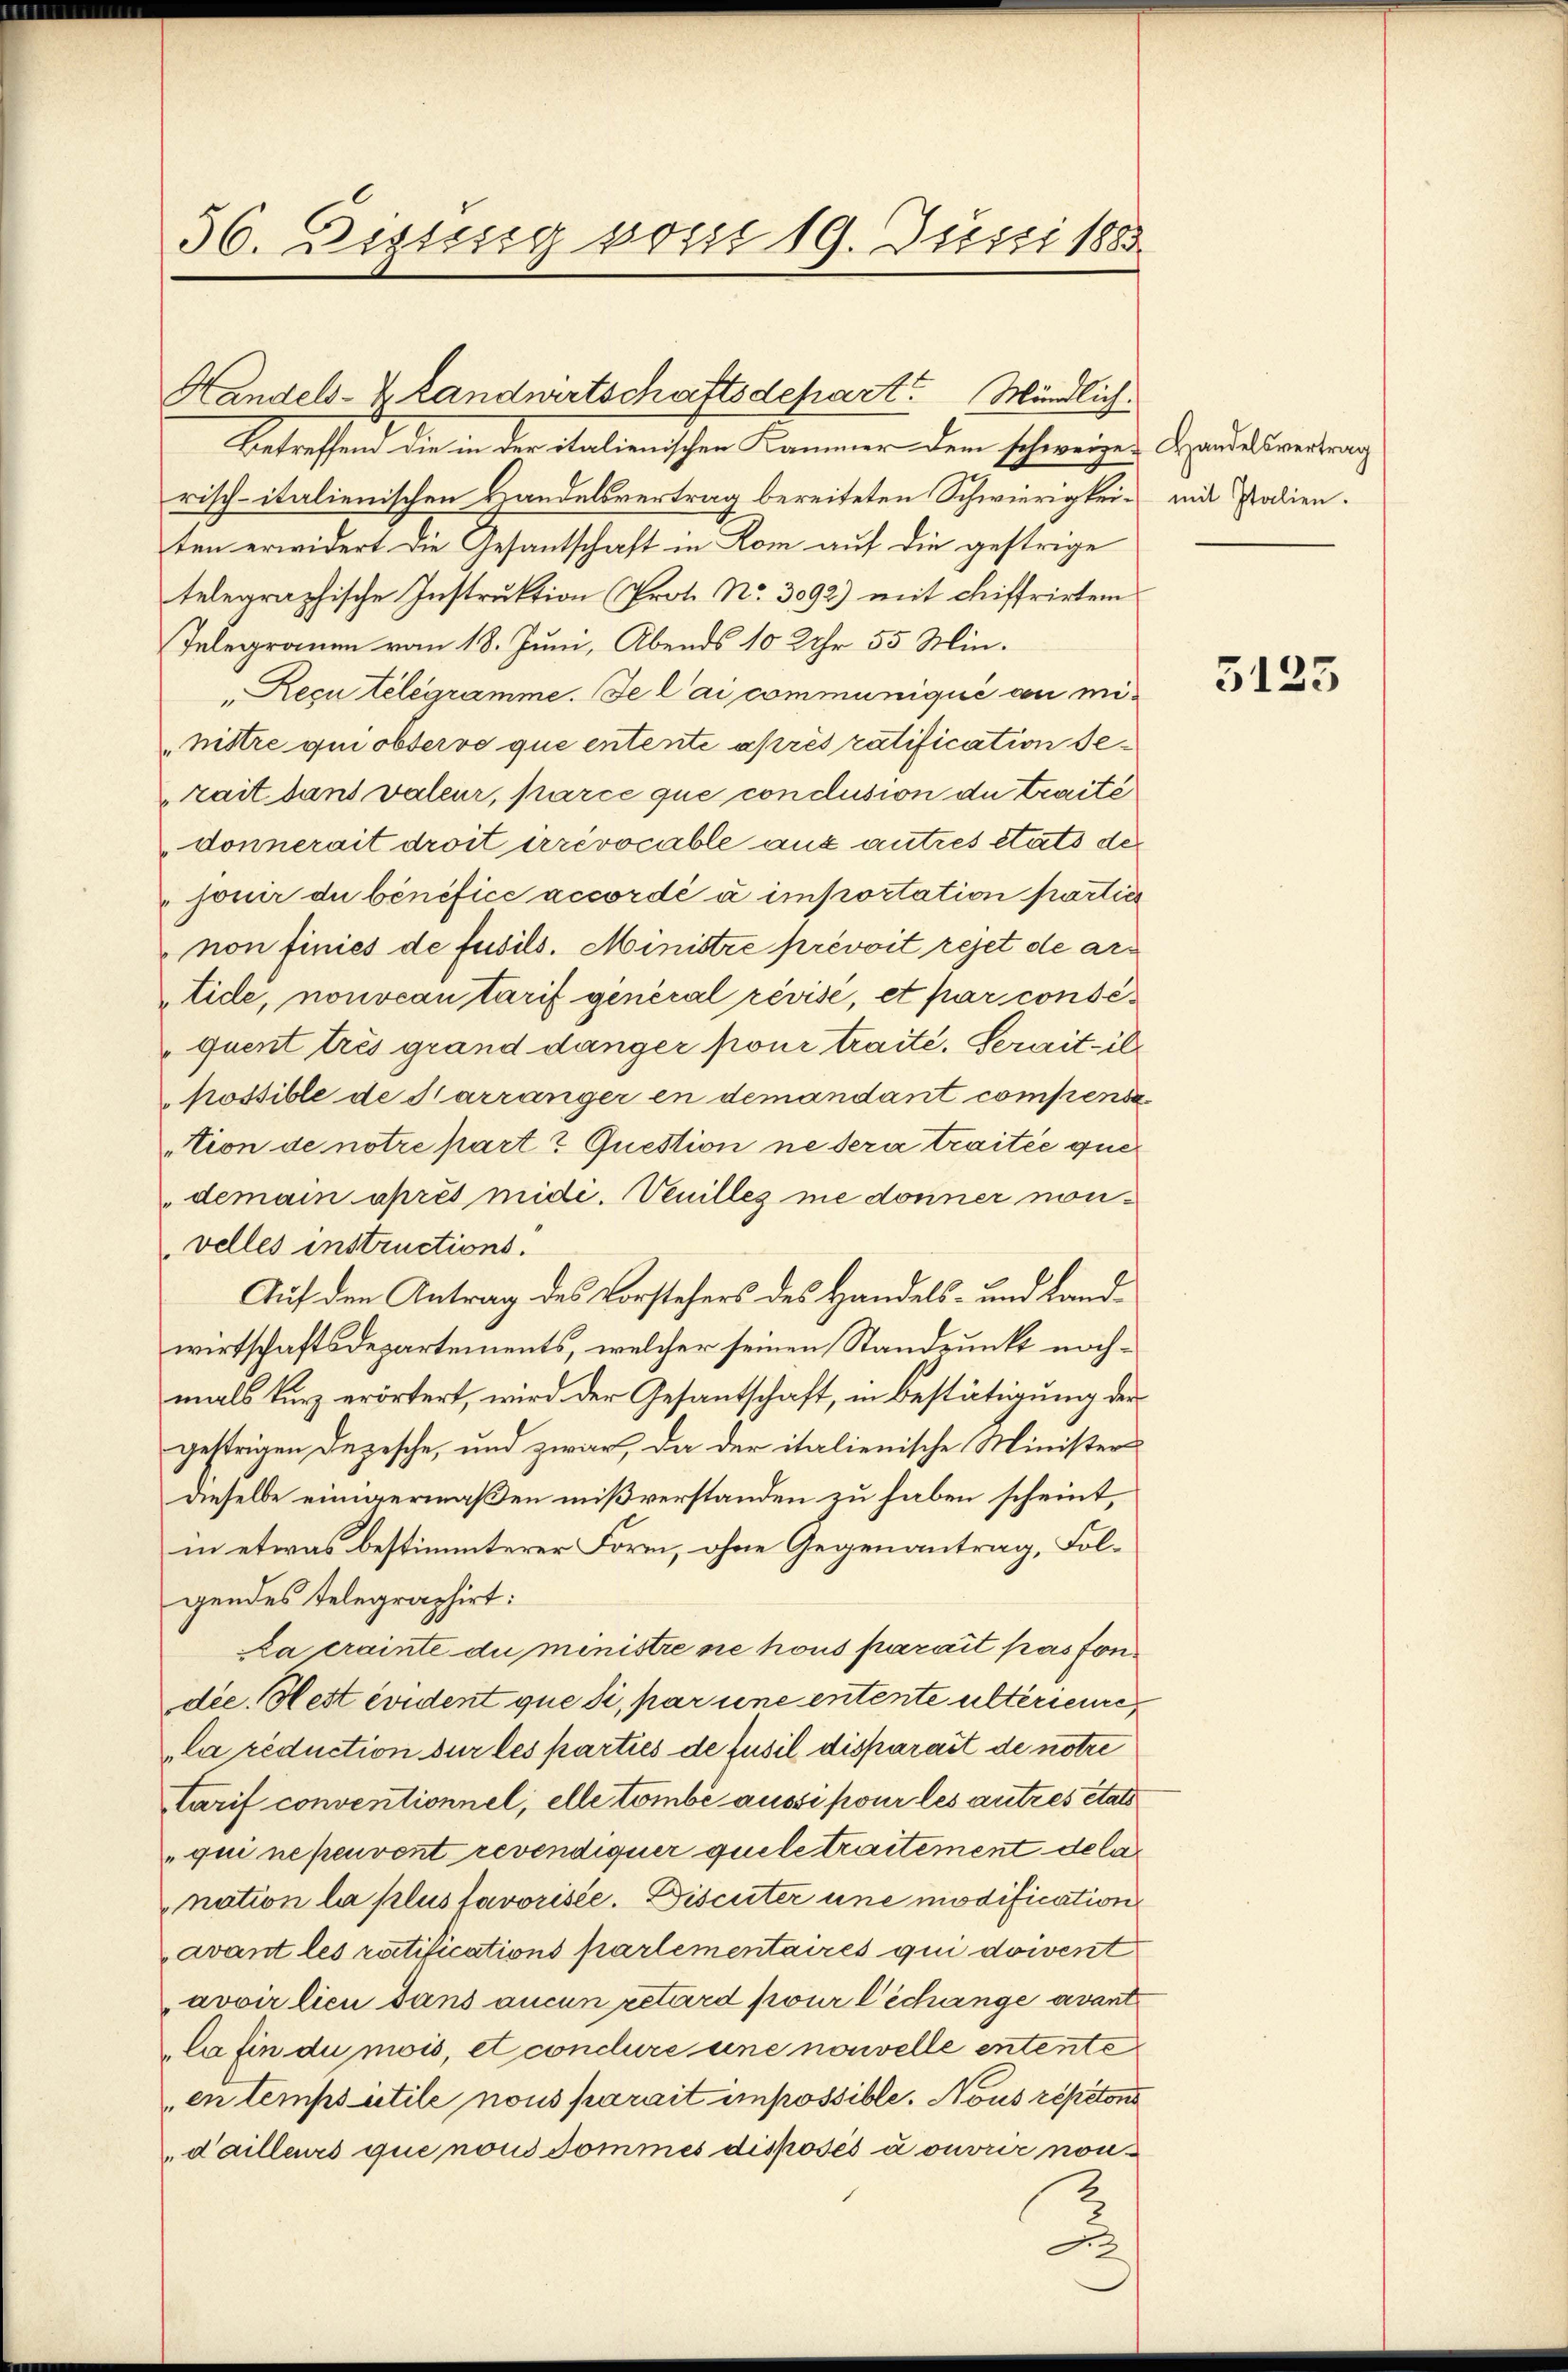
56. Dissesig von 19. Justi 1885

Betreffend die in der italienischen Kammer dem schweizen Handelsvertrag
risch-italienischen Handelsvertrag bereiteten Schwierigkeit mit Polien.
ten erwidert die Gesantschaft in Rom auf die gestrige
telegraphische Instruktion (Prot. No. 3092) mit chiffrirtem
Telegramm vom 18. Juni, Abends 10 Uhr 55 Min.
"Recu telegramme. Je l’ai communiqué au mimittre qui observe que entente après ratification se
rait dans valeur, parce que conclusion du traité
donnerait droit irrévocable aux autres etats der
jouir du bénéfice accordé à importation parties
non finies de fusils. Ministre prévoit rejet de artide, nonocan tarif general révisé, et par consequent très grand danger pour traite. Serait-ilpossible de Harranger in demandant compensa
tion de notre part? Question ne sera traitée que
demain après mide. Venilles ne donner nonvelles instructions.
Auf den Antrag des Vorstehers des Handels- und Landwirtschaftsdepartements, welcher seinen Standpunkt nochmals kurz erörtert, wird der Gesantschaft, in Bestätigung der
gestrigen Depesche, und zwar, da der italienische Minister
dieselbe einigermaßen mißverstanden zu haben scheint,
in etwas bestimmterer Form, ohne Gegenantrag, Folgendes telegraphirt:
la crainte du ministre nie hous parait pas sondie. Nest évident que si, par une entente ultérieure,
la réduction der les parties de Jusil disparait de notre
tarif conventionnel, elle tombé aussi pour les autres etats
„qui ne peuvent revendiquer quele traitement dela
nation la plus favorisée. Discuter une modification
avant les ratifications partementaires qui doivent
avoir lieu dans aucun retard pour l’échange avant
la fin du mois, et condure une nouvelle entente
en tempsutile nous parait impossible. Nous répétons
d’ailleurs que nous dommes disposés a ouvrir non¬
.

Handels- & Landwirtschaftsdepart Windlich

5123